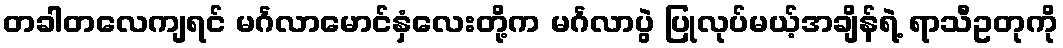
တခါတလေကျရင် မင်္ဂလာမောင်နှံလေးတို့က မင်္ဂလာပွဲ ပြုလုပ်မယ့်အချိန်ရဲ့ ရာသီဥတုကို